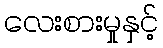
လေးစားမှုနှင့်